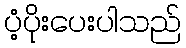
ပံ့ပိုးပေးပါသည်